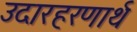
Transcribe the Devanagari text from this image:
उदारहरणार्थ